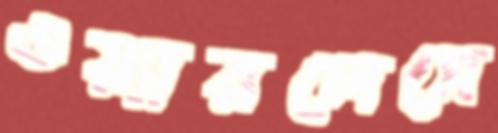
ওয়্যারলেসে